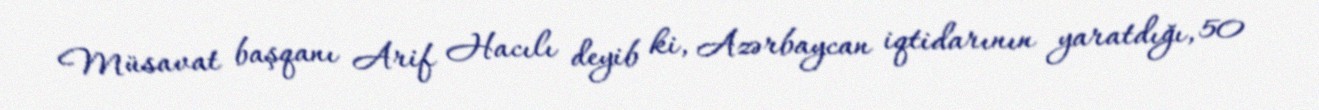
Müsavat başqanı Arif Hacılı deyib ki, Azərbaycan iqtidarının yaratdığı, 50